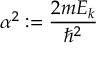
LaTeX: \alpha ^ { 2 } : = { \frac { 2 m E _ { k } } { \hbar ^ { 2 } } }